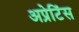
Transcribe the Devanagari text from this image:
अप्रेटिंस